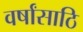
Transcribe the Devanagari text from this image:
वर्षांसाठि